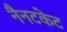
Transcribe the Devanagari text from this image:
नैनटकेट